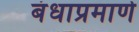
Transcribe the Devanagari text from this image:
बंधाप्रमाणे